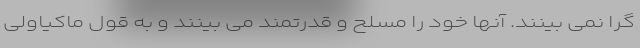
گرا نمی بینند. آنها خود را مسلح و قدرتمند می بینند و به قول ماکیاولی